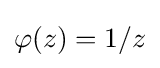
\varphi (z)=1/z